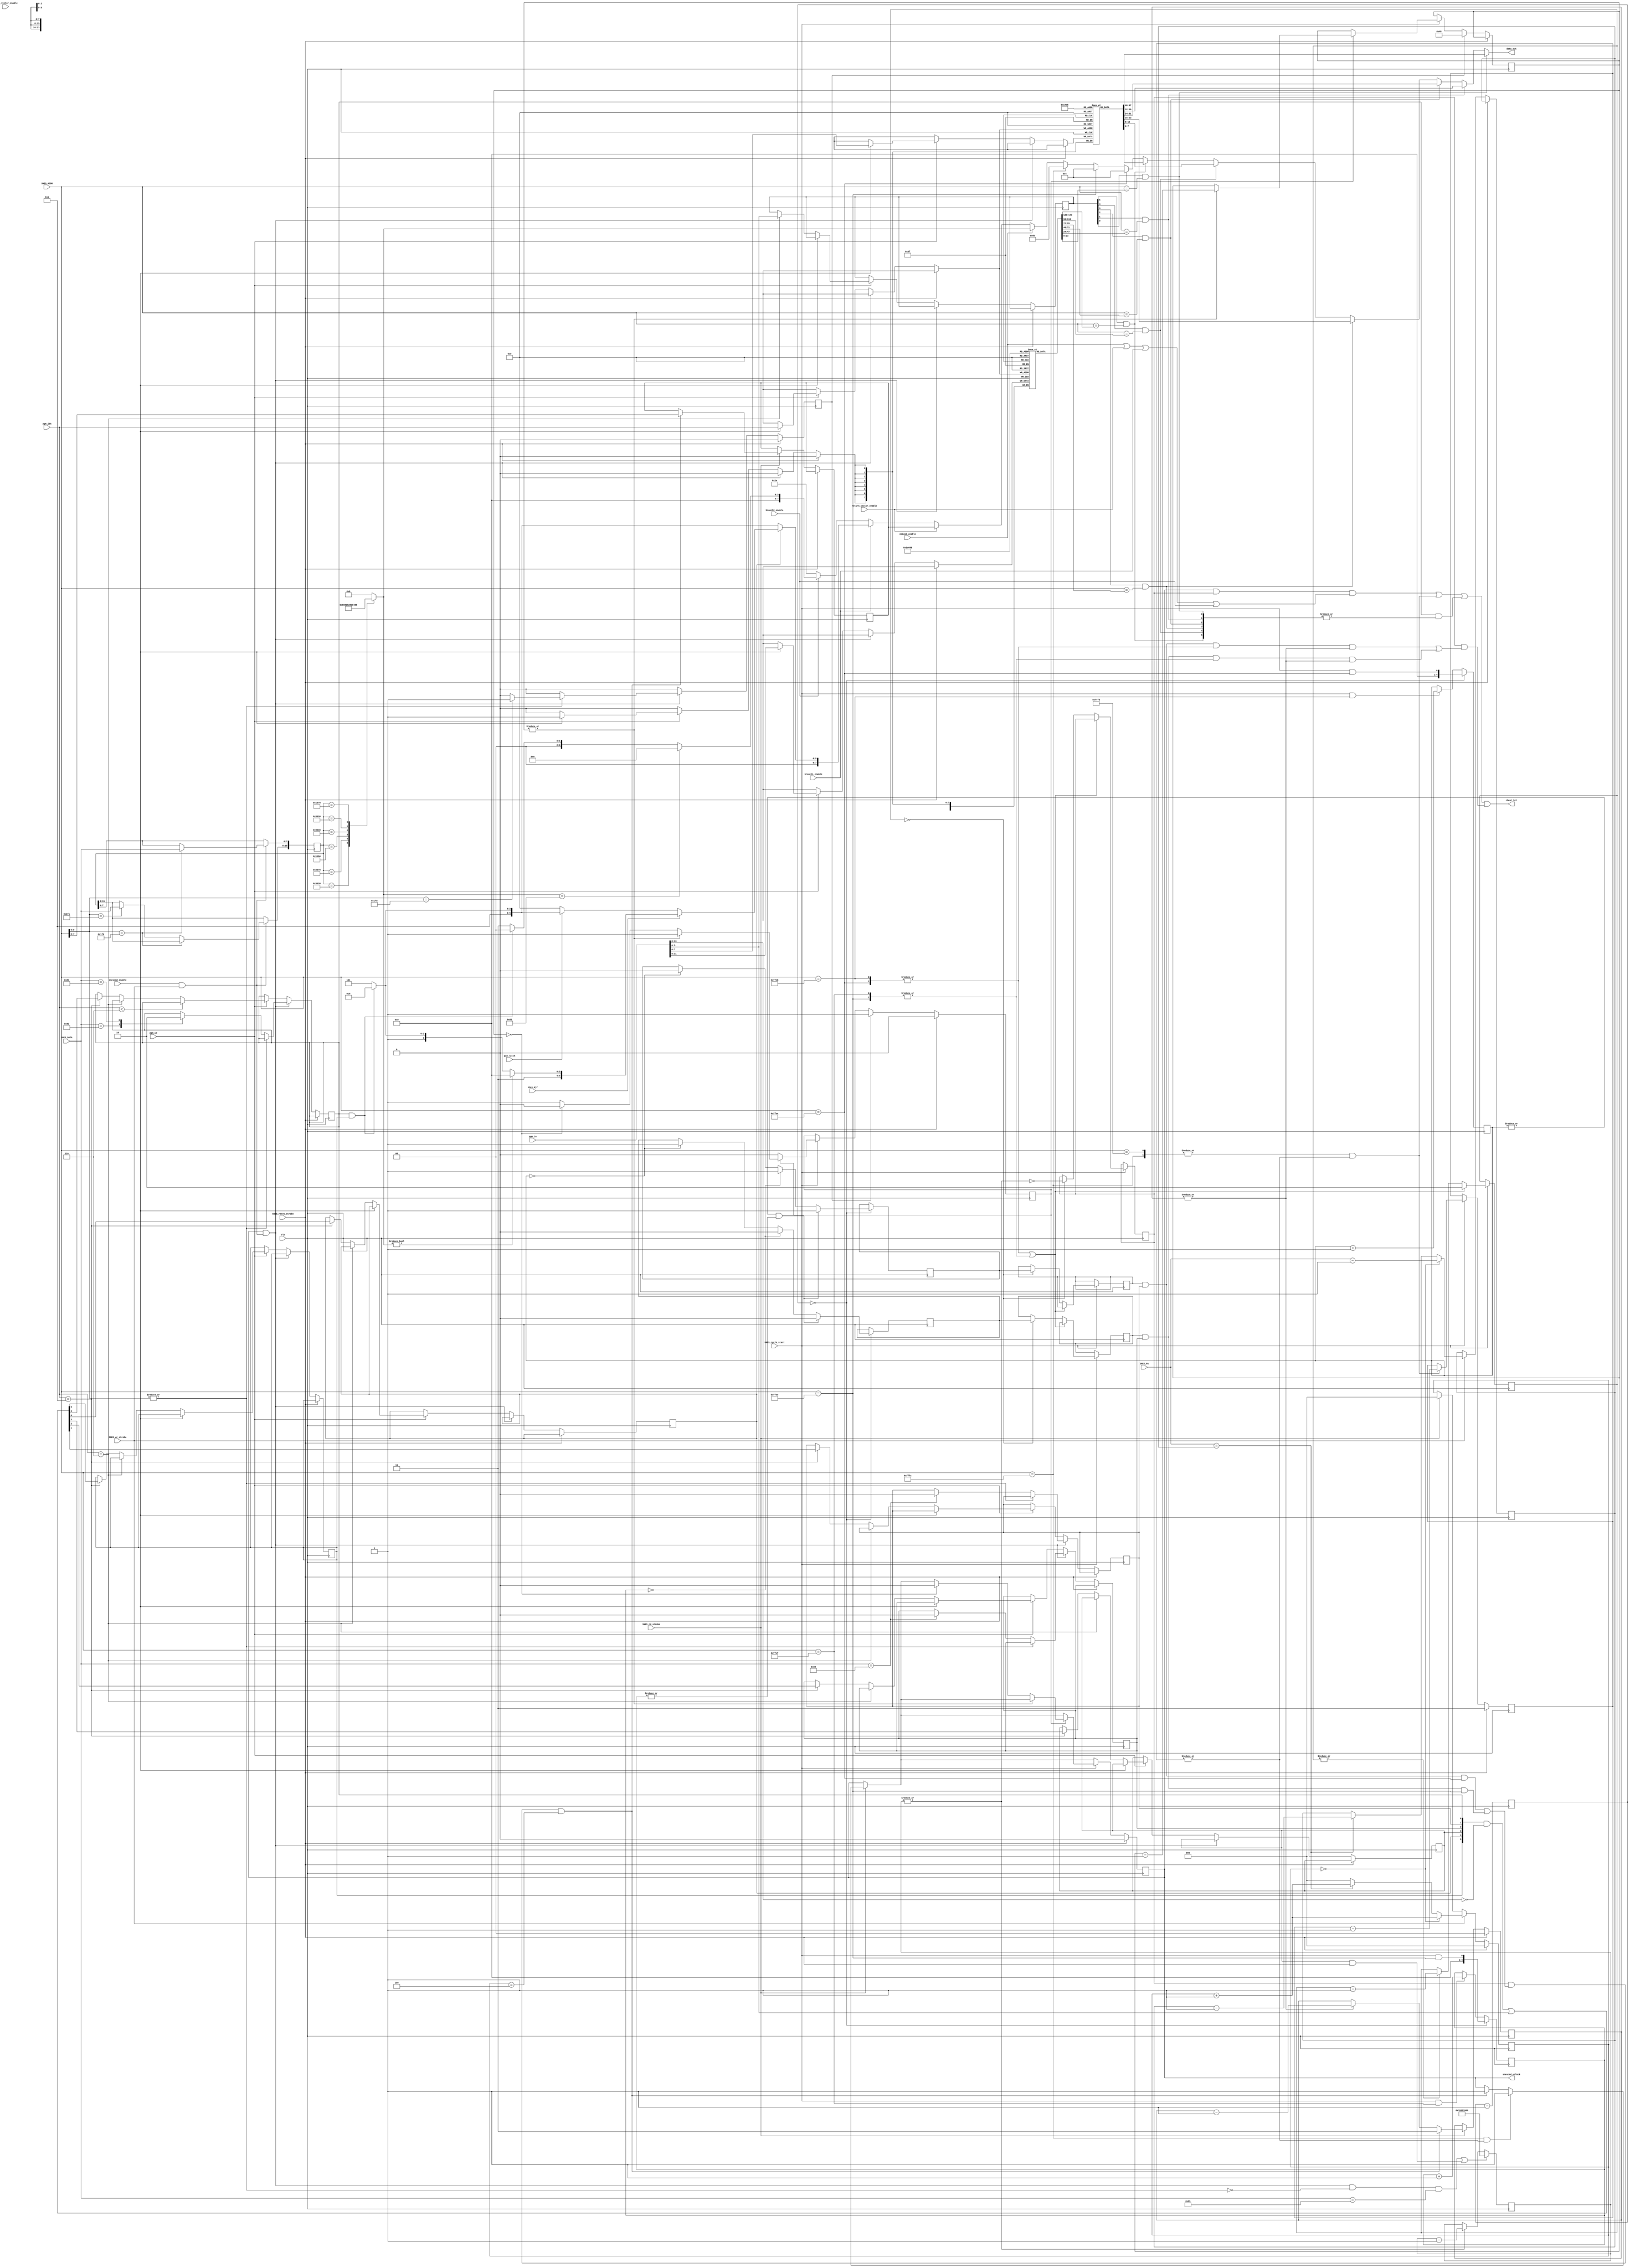
`timescale 1ns / 1ps
//////////////////////////////////////////////////////////////////////////////////
// Company:
// Engineer:
//
// Design Name:
// Module Name:    cheat
// Project Name:
// Target Devices:
// Tool versions:
// Description:
//
// Dependencies:
//
// Revision:
// Revision 0.01 - File Created
// Additional Comments:
//
//////////////////////////////////////////////////////////////////////////////////
module cheat(
  input clk,
  input [7:0] SNES_PA,
  input [23:0] SNES_ADDR,
  input [7:0] SNES_DATA,
  input SNES_wr_strobe,
  input SNES_rd_strobe,
  input SNES_reset_strobe,
  input snescmd_enable,
  input nmicmd_enable,
  input return_vector_enable,
  input reset_vector_enable,
  input branch1_enable,
  input branch2_enable,
  input pad_latch,
  input snes_ajr,
  input SNES_cycle_start,
  input [2:0] pgm_idx,
  input pgm_we,
  input [31:0] pgm_in,
  output [7:0] data_out,
  output cheat_hit,
  output snescmd_unlock
);

wire snescmd_wr_strobe = snescmd_enable & SNES_wr_strobe;

reg cheat_enable = 0;
reg nmi_enable = 0;
reg irq_enable = 0;
reg holdoff_enable = 0; // temp disable hooks after reset
reg buttons_enable = 0;
reg wram_present = 0;
wire branch_wram = cheat_enable & wram_present;

reg auto_nmi_enable = 1;
reg auto_irq_enable = 0;
reg auto_nmi_enable_sync = 0;
reg auto_irq_enable_sync = 0;
reg hook_enable_sync = 0;

reg [1:0] sync_delay = 2'b10;

reg [4:0] nmi_usage = 5'h00;
reg [4:0] irq_usage = 5'h00;
reg [20:0] usage_count = 21'h1fffff;

reg [29:0] hook_enable_count = 0;
reg hook_disable = 0;

reg [1:0] vector_unlock_r = 0;
wire vector_unlock = |vector_unlock_r;

reg [1:0] reset_unlock_r = 2'b10;
wire reset_unlock = |reset_unlock_r;

reg [23:0] cheat_addr[5:0];
reg [7:0] cheat_data[5:0];
reg [5:0] cheat_enable_mask;

reg snescmd_unlock_r = 0;
assign snescmd_unlock = snescmd_unlock_r;

reg [7:0] nmicmd = 0;
reg [7:0] return_vector = 8'hea;

reg [7:0] branch1_offset = 8'h00;
reg [7:0] branch2_offset = 8'h00;

reg [15:0] pad_data = 0;

wire [5:0] cheat_match_bits ={(cheat_enable_mask[5] & (SNES_ADDR == cheat_addr[5])),
                              (cheat_enable_mask[4] & (SNES_ADDR == cheat_addr[4])),
                              (cheat_enable_mask[3] & (SNES_ADDR == cheat_addr[3])),
                              (cheat_enable_mask[2] & (SNES_ADDR == cheat_addr[2])),
                              (cheat_enable_mask[1] & (SNES_ADDR == cheat_addr[1])),
                              (cheat_enable_mask[0] & (SNES_ADDR == cheat_addr[0]))};
wire cheat_addr_match = |cheat_match_bits;

wire [1:0] nmi_match_bits = {SNES_ADDR == 24'h00FFEA, SNES_ADDR == 24'h00FFEB};
wire [1:0] irq_match_bits = {SNES_ADDR == 24'h00FFEE, SNES_ADDR == 24'h00FFEF};
wire [1:0] rst_match_bits = {SNES_ADDR == 24'h00FFFC, SNES_ADDR == 24'h00FFFD};

wire nmi_addr_match = |nmi_match_bits;
wire irq_addr_match = |irq_match_bits;
wire rst_addr_match = |rst_match_bits;

wire hook_enable = ~|hook_enable_count;

assign data_out = cheat_match_bits[0] ? cheat_data[0]
                : cheat_match_bits[1] ? cheat_data[1]
                : cheat_match_bits[2] ? cheat_data[2]
                : cheat_match_bits[3] ? cheat_data[3]
                : cheat_match_bits[4] ? cheat_data[4]
                : cheat_match_bits[5] ? cheat_data[5]
                : nmi_match_bits[1] ? 8'h04
                : irq_match_bits[1] ? 8'h04
                : rst_match_bits[1] ? 8'h6b
                : nmicmd_enable ? nmicmd
                : return_vector_enable ? return_vector
                : branch1_enable ? branch1_offset
                : branch2_enable ? branch2_offset
                : 8'h2a;

assign cheat_hit = (snescmd_unlock & hook_enable_sync & (nmicmd_enable | return_vector_enable | branch1_enable | branch2_enable))
                   | (reset_unlock & rst_addr_match)
                   | (cheat_enable & cheat_addr_match)
                   | (hook_enable_sync & (((auto_nmi_enable_sync & nmi_enable) & nmi_addr_match & vector_unlock)
                                           |((auto_irq_enable_sync & irq_enable) & irq_addr_match & vector_unlock)));

// irq/nmi detect based on CPU access pattern
// 4 writes (mirrored to B bus) signify that the CPU pushes PB, PC and
// SR to the stack and is going to read the vector address in the next
// two cycles.
// B bus mirror is used (combined with A BUS /WR!) so the write pattern
// cannot be confused with backwards DMA transfers.

reg [7:0] next_pa_addr = 0;
reg [2:0] cpu_push_cnt = 0;

always @(posedge clk) begin
  if(SNES_reset_strobe) begin
    cpu_push_cnt <= 0;
  end else if(SNES_wr_strobe) begin
    cpu_push_cnt <= cpu_push_cnt + 1;
    if(cpu_push_cnt == 3'b0) begin
      next_pa_addr <= SNES_PA - 1;
    end else begin
      if(SNES_PA == next_pa_addr) begin
         next_pa_addr <= next_pa_addr - 1;
      end else begin
        cpu_push_cnt <= 3'b0;
      end
    end
  end else if(SNES_rd_strobe) begin
    cpu_push_cnt <= 3'b0;
  end
end

// make patched vectors visible for last cycles of NMI/IRQ handling only
always @(posedge clk) begin
  if(SNES_reset_strobe) begin
    vector_unlock_r <= 2'b00;
  end else if(SNES_rd_strobe) begin
    if(hook_enable_sync
      & ((auto_nmi_enable_sync & nmi_enable & nmi_match_bits[1])
        |(auto_irq_enable_sync & irq_enable & irq_match_bits[1]))
      & cpu_push_cnt == 4) begin
      vector_unlock_r <= 2'b11;
    end else if(|vector_unlock_r) begin
      vector_unlock_r <= vector_unlock_r - 1;
    end
  end
end

// make patched reset vector visible for first fetch only
// (including masked read by Ultra16)
always @(posedge clk) begin
  if(SNES_reset_strobe) begin
    reset_unlock_r <= 2'b11;
  end else if(SNES_cycle_start) begin
    if(rst_addr_match & |reset_unlock_r) begin
      reset_unlock_r <= reset_unlock_r - 1;
    end
  end
end

reg snescmd_unlock_disable_strobe = 1'b0;
reg [6:0] snescmd_unlock_disable_countdown = 0;
reg snescmd_unlock_disable = 0;

always @(posedge clk) begin
  if(SNES_reset_strobe) begin
    snescmd_unlock_r <= 0;
    snescmd_unlock_disable <= 0;
  end else begin
    if(SNES_rd_strobe) begin
      if(hook_enable_sync
        & ((auto_nmi_enable_sync & nmi_enable & nmi_match_bits[1])
          |(auto_irq_enable_sync & irq_enable & irq_match_bits[1]))
        & cpu_push_cnt == 4) begin
        // remember where we came from (IRQ/NMI) for hook exit
        return_vector <= SNES_ADDR[7:0];
        snescmd_unlock_r <= 1;
      end
      if(rst_match_bits[1] & |reset_unlock_r) begin
        snescmd_unlock_r <= 1;
      end
    end
    // give some time to exit snescmd memory and jump to original vector
    if(SNES_cycle_start) begin
      if(snescmd_unlock_disable) begin
        if(|snescmd_unlock_disable_countdown) begin
          snescmd_unlock_disable_countdown <= snescmd_unlock_disable_countdown - 1;
        end else if(snescmd_unlock_disable_countdown == 0) begin
          snescmd_unlock_r <= 0;
          snescmd_unlock_disable <= 0;
        end
      end
    end
    if(snescmd_unlock_disable_strobe) begin
      snescmd_unlock_disable_countdown <= 7'd72;
      snescmd_unlock_disable <= 1;
    end
  end
end


always @(posedge clk) usage_count <= usage_count - 1;

// Try and autoselect NMI or IRQ hook
always @(posedge clk) begin
  if(usage_count == 21'b0) begin
    nmi_usage <= SNES_cycle_start & nmi_match_bits[1];
    irq_usage <= SNES_cycle_start & irq_match_bits[1];
    if(|nmi_usage & |irq_usage) begin
      auto_nmi_enable <= 1'b1;
      auto_irq_enable <= 1'b0;
    end else if(irq_usage == 5'b0) begin
      auto_nmi_enable <= 1'b1;
      auto_irq_enable <= 1'b0;
    end else if(nmi_usage == 5'b0) begin
      auto_nmi_enable <= 1'b0;
      auto_irq_enable <= 1'b1;
    end
  end else begin
    if(SNES_cycle_start & nmi_match_bits[0]) nmi_usage <= nmi_usage + 1;
    if(SNES_cycle_start & irq_match_bits[0]) irq_usage <= irq_usage + 1;
  end
end

// Do not change vectors while they are being read
always @(posedge clk) begin
  if(SNES_cycle_start) begin
    if(nmi_addr_match | irq_addr_match) sync_delay <= 2'b10;
    else begin
      if (|sync_delay) sync_delay <= sync_delay - 1;
      if (sync_delay == 2'b00) begin
        auto_nmi_enable_sync <= auto_nmi_enable;
        auto_irq_enable_sync <= auto_irq_enable;
        hook_enable_sync <= hook_enable;
      end
    end
  end
end

// CMD 0x85: disable hooks for 10 seconds
always @(posedge clk) begin
  if((snescmd_unlock & snescmd_wr_strobe & ~|SNES_ADDR[8:0] & (SNES_DATA == 8'h85))
     | (holdoff_enable & SNES_reset_strobe)) begin
    hook_enable_count <= 30'd960000000;
  end else if (|hook_enable_count) begin
    hook_enable_count <= hook_enable_count - 1;
  end
end

always @(posedge clk) begin
  if(SNES_reset_strobe) begin
    snescmd_unlock_disable_strobe <= 1'b0;
  end else begin
    snescmd_unlock_disable_strobe <= 1'b0;
    if(snescmd_unlock & snescmd_wr_strobe) begin
      if(~|SNES_ADDR[8:0]) begin
        case(SNES_DATA)
          8'h82: cheat_enable <= 1;
          8'h83: cheat_enable <= 0;
          8'h84: {nmi_enable, irq_enable} <= 2'b00;
        endcase
      end else if(SNES_ADDR[8:0] == 9'h1fd) begin
        snescmd_unlock_disable_strobe <= 1'b1;
      end
    end else if(pgm_we) begin
      if(pgm_idx < 6) begin
        cheat_addr[pgm_idx] <= pgm_in[31:8];
        cheat_data[pgm_idx] <= pgm_in[7:0];
      end else if(pgm_idx == 6) begin // set rom patch enable
        cheat_enable_mask <= pgm_in[5:0];
      end else if(pgm_idx == 7) begin // set/reset global enable / hooks
      // pgm_in[7:4] are reset bit flags
      // pgm_in[3:0] are set bit flags
        {wram_present, buttons_enable, holdoff_enable, irq_enable, nmi_enable, cheat_enable}
         <= ({wram_present, buttons_enable, holdoff_enable, irq_enable, nmi_enable, cheat_enable}
          & ~pgm_in[13:8])
          | pgm_in[5:0];
      end
    end
  end
end

// map controller input to cmd output
// check button combinations
// L+R+Start+Select : $3030
// L+R+Select+X     : $2070
// L+R+Start+A      : $10b0
// L+R+Start+B      : $9030
// L+R+Start+Y      : $5030
// L+R+Start+X      : $1070
always @(posedge clk) begin
  if(snescmd_wr_strobe) begin
    if(SNES_ADDR[8:0] == 9'h1f0) begin
      pad_data[7:0] <= SNES_DATA;
    end else if(SNES_ADDR[8:0] == 9'h1f1) begin
      pad_data[15:8] <= SNES_DATA;
    end
  end
end

always @* begin
  case(pad_data)
    16'h3030: nmicmd = 8'h80;
    16'h2070: nmicmd = 8'h81;
    16'h10b0: nmicmd = 8'h82;
    16'h9030: nmicmd = 8'h83;
    16'h5030: nmicmd = 8'h84;
    16'h1070: nmicmd = 8'h85;
    default: nmicmd = 8'h00;
  endcase
end

always @* begin
  if(buttons_enable) begin
    if(snes_ajr) begin
      if(nmicmd) begin
        branch1_offset = 8'h30;   // nmi_echocmd
      end else begin
        if(branch_wram) begin
          branch1_offset = 8'h3a; // nmi_patches
        end else begin
          branch1_offset = 8'h3d; // nmi_exit
        end
      end
    end else begin
      if(pad_latch) begin
        if(branch_wram) begin
          branch1_offset = 8'h3a; // nmi_patches
        end else begin
          branch1_offset = 8'h3d; // nmi_exit
        end
      end else begin
        branch1_offset = 8'h00;   // continue with MJR
      end
    end
  end else begin
    if(branch_wram) begin
      branch1_offset = 8'h3a;     // nmi_patches
    end else begin
      branch1_offset = 8'h3d;     // nmi_exit
    end
  end
end

always @* begin
  if(nmicmd == 8'h81) begin
    branch2_offset = 8'h0e;       // nmi_stop
  end else if(branch_wram) begin
    branch2_offset = 8'h00;       // nmi_patches
  end else begin
    branch2_offset = 8'h03;       // nmi_exit
  end
end

endmodule